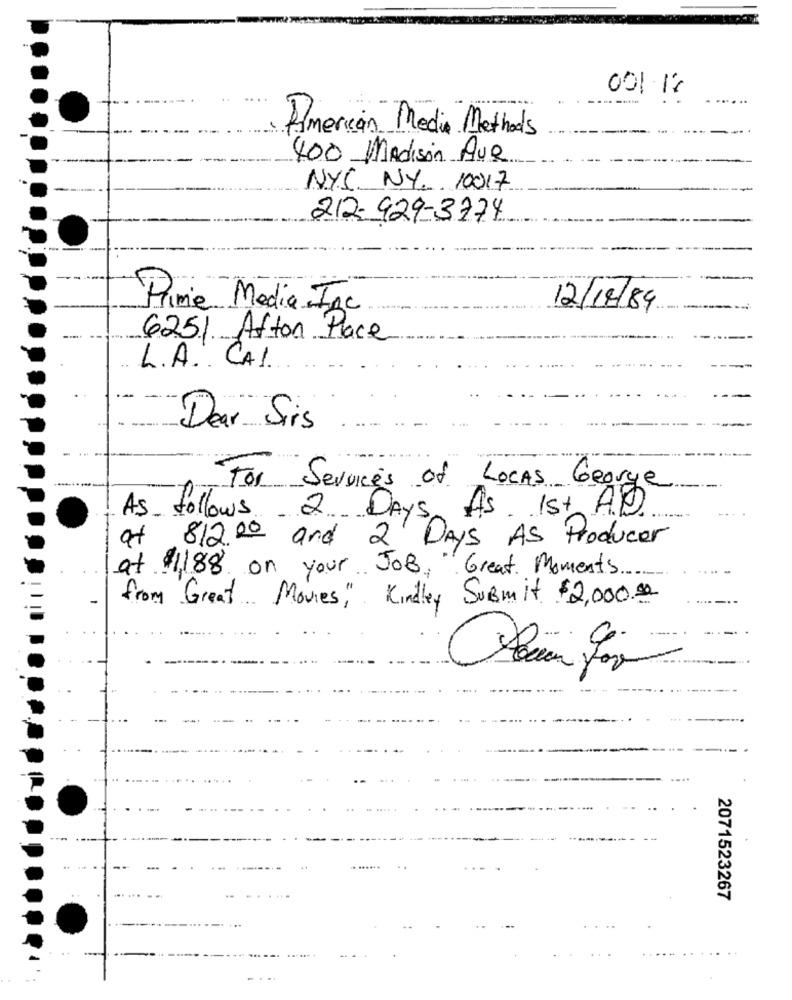
001.18
American Media Methods
400 Madison Ave
---
NYS. NY. 10017
212- 929-3774
Prime Media Inc
12/18/89
6251 Afton Place
L.A. CAI.
Dear Sirs
For Services of Locks George
As 1st AD
As follows 2 Days
of
812.00 and 2 Days AS Producer
at $1188 on your JOB, Great Moments.
from Great Movies," Kindley Submit $2,000.00
....
2071523267